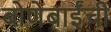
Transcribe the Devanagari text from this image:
बोणेबाईंची